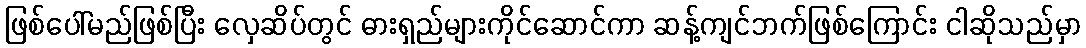
ဖြစ်ပေါ်မည်ဖြစ်ပြီး လှေဆိပ်တွင် ဓားရှည်များကိုင်ဆောင်ကာ ဆန့်ကျင်ဘက်ဖြစ်ကြောင်း ငါဆိုသည်မှာ